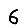
Digit: 6